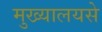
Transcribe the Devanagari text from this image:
मुख्यालयसे